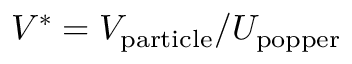
V ^ { \ast } = V _ { \mathrm { p a r t i c l e } } / U _ { \mathrm { p o p p e r } }